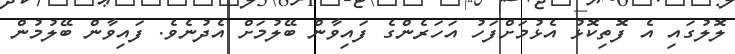
ލޮލުގައި އެ ފޮތިކޮޅު އެޅުމަށްފަހު އަހަރެންގެ ފައިވާން ބޭލުމަށް އެދުނެވެ. ފައިވާން ބޭލުމުން